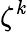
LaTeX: \zeta^{\mathit{k}}